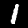
Label: 1